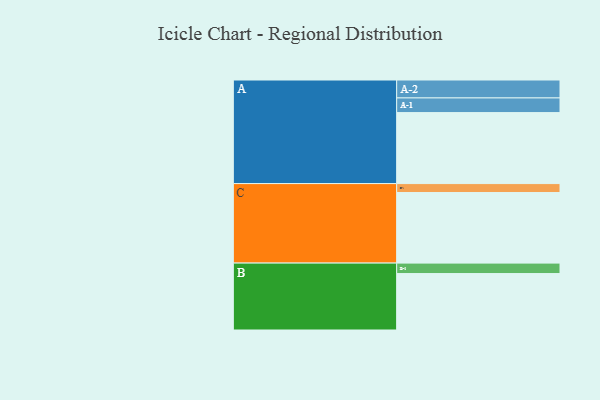
{"axis": {"x": "Segment", "y": "Value"}, "legend": ["", "A", "B", "C"], "data": [{"x": "A", "y": 590, "type": ""}, {"x": "B", "y": 469, "type": ""}, {"x": "C", "y": 587, "type": ""}, {"x": "A-1", "y": 122, "type": "A"}, {"x": "A-2", "y": 149, "type": "A"}, {"x": "B-1", "y": 87, "type": "B"}, {"x": "C-1", "y": 74, "type": "C"}]}